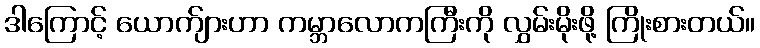
ဒါကြောင့် ယောက်ျားဟာ ကမ္ဘာလောကကြီးကို လွှမ်းမိုးဖို့ ကြိုးစားတယ်။